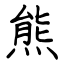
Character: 熊